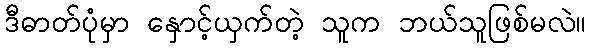
ဒီဓာတ်ပုံမှာ နှောင့်ယှက်တဲ့ သူက ဘယ်သူဖြစ်မလဲ။